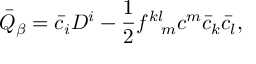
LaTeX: \bar { Q } _ { \beta } = \bar { c } _ { i } D ^ { i } - \frac { 1 } { 2 } f _ { \ \ m } ^ { k l } c ^ { m } \bar { c } _ { k } \bar { c } _ { l } ,